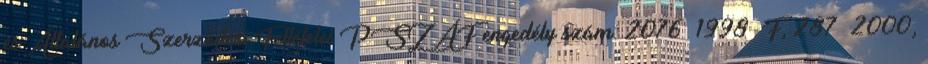
és Általános Szerződési Feltételei PSZÁF engedély szám: 2076 1998 F, 287 2000,